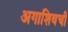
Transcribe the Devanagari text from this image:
अगाशिवची